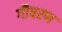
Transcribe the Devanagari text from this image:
गौचरण